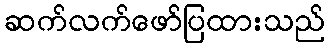
ဆက်လက်ဖော်ပြထားသည်